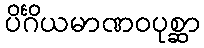
ပိင်္ဂိယမာဏဝပုစ္ဆာ